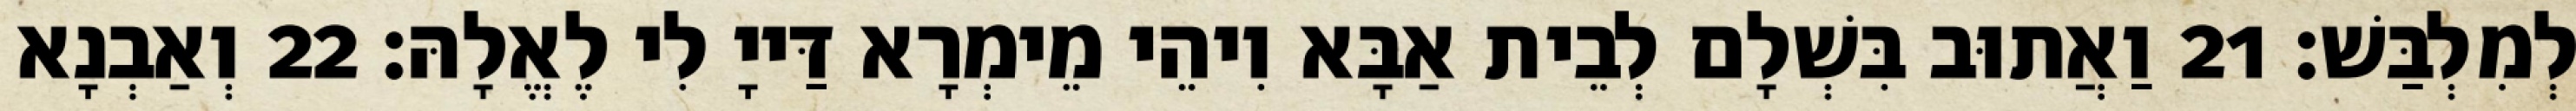
לְמִלְבַּשׁ׃ 21 וַאֲתוּב בִּשְׁלָם לְבֵית אַבָּא וִיהֵי מֵימְרָא דַּייָ לִי לֶאֱלָהּ׃ 22 וְאַבְנָא